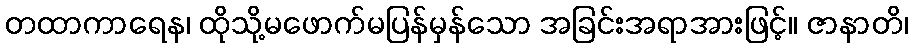
တထာကာရေန၊ ထိုသို့မဖောက်မပြန်မှန်သော အခြင်းအရာအားဖြင့်။ ဇာနာတိ၊